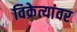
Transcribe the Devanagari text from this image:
विक्रेत्यांवर